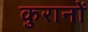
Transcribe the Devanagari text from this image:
कुरानों